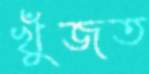
খুঁজত